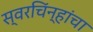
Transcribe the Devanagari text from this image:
स्वरचिंन्हांचा